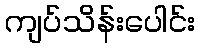
ကျပ်သိန်းပေါင်း